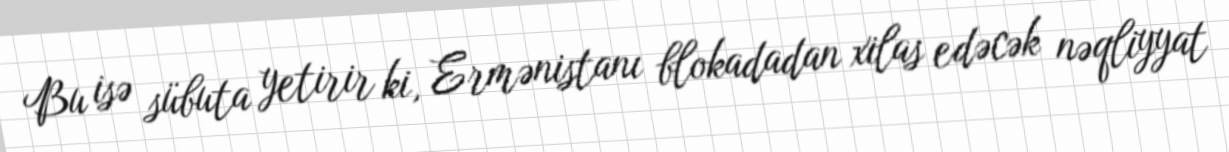
Bu isə sübuta yetirir ki, Ermənistanı blokadadan xilas edəcək nəqliyyat